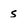
Character: 5